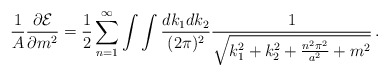
\begin{align*}{1\over A}{\partial{\cal E}\over \partial m^2}={1\over2}\sum_{n=1}^{\infty}\int\int{dk_1dk_2\over (2\pi)^2}{1\over \sqrt{k_1^2+k_2^2 +{n^2\pi^2\over a^2} +m^2}}\,.\end{align*}